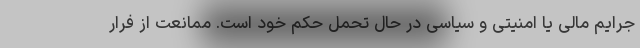
جرایم مالی یا امنیتی و سیاسی در حال تحمل حکم خود است. ممانعت از فرار